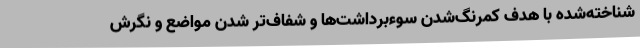
شناخته‌شده با هدف کمرنگ‌شدن سوء‌برداشت‌ها و شفاف‌تر شدن مواضع و نگرش